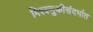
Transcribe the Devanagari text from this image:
मिरवणुकीसंदर्भात